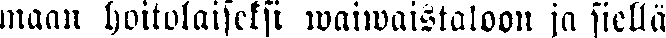
maan hoitolaiseksi waiwaistaloon ja siellä